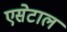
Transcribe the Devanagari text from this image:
एसेटाल